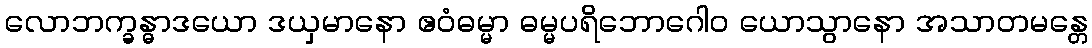
လောဘက္ခန္ဓာဒယော ဒယှမာနော ဧဝံဓမ္မာ ဓမ္မပရိဘောဂေါဝ ယောသွာနော အသာတမန္တေ